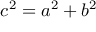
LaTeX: c ^ { 2 } = a ^ { 2 } + b ^ { 2 }